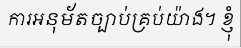
ការអនុម័តច្បាប់គ្រប់យ៉ាង។ ខ្ញុំ